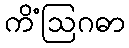
ကိံဩဂဓာ